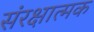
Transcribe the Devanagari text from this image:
संरक्षात्मक